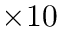
\times 1 0